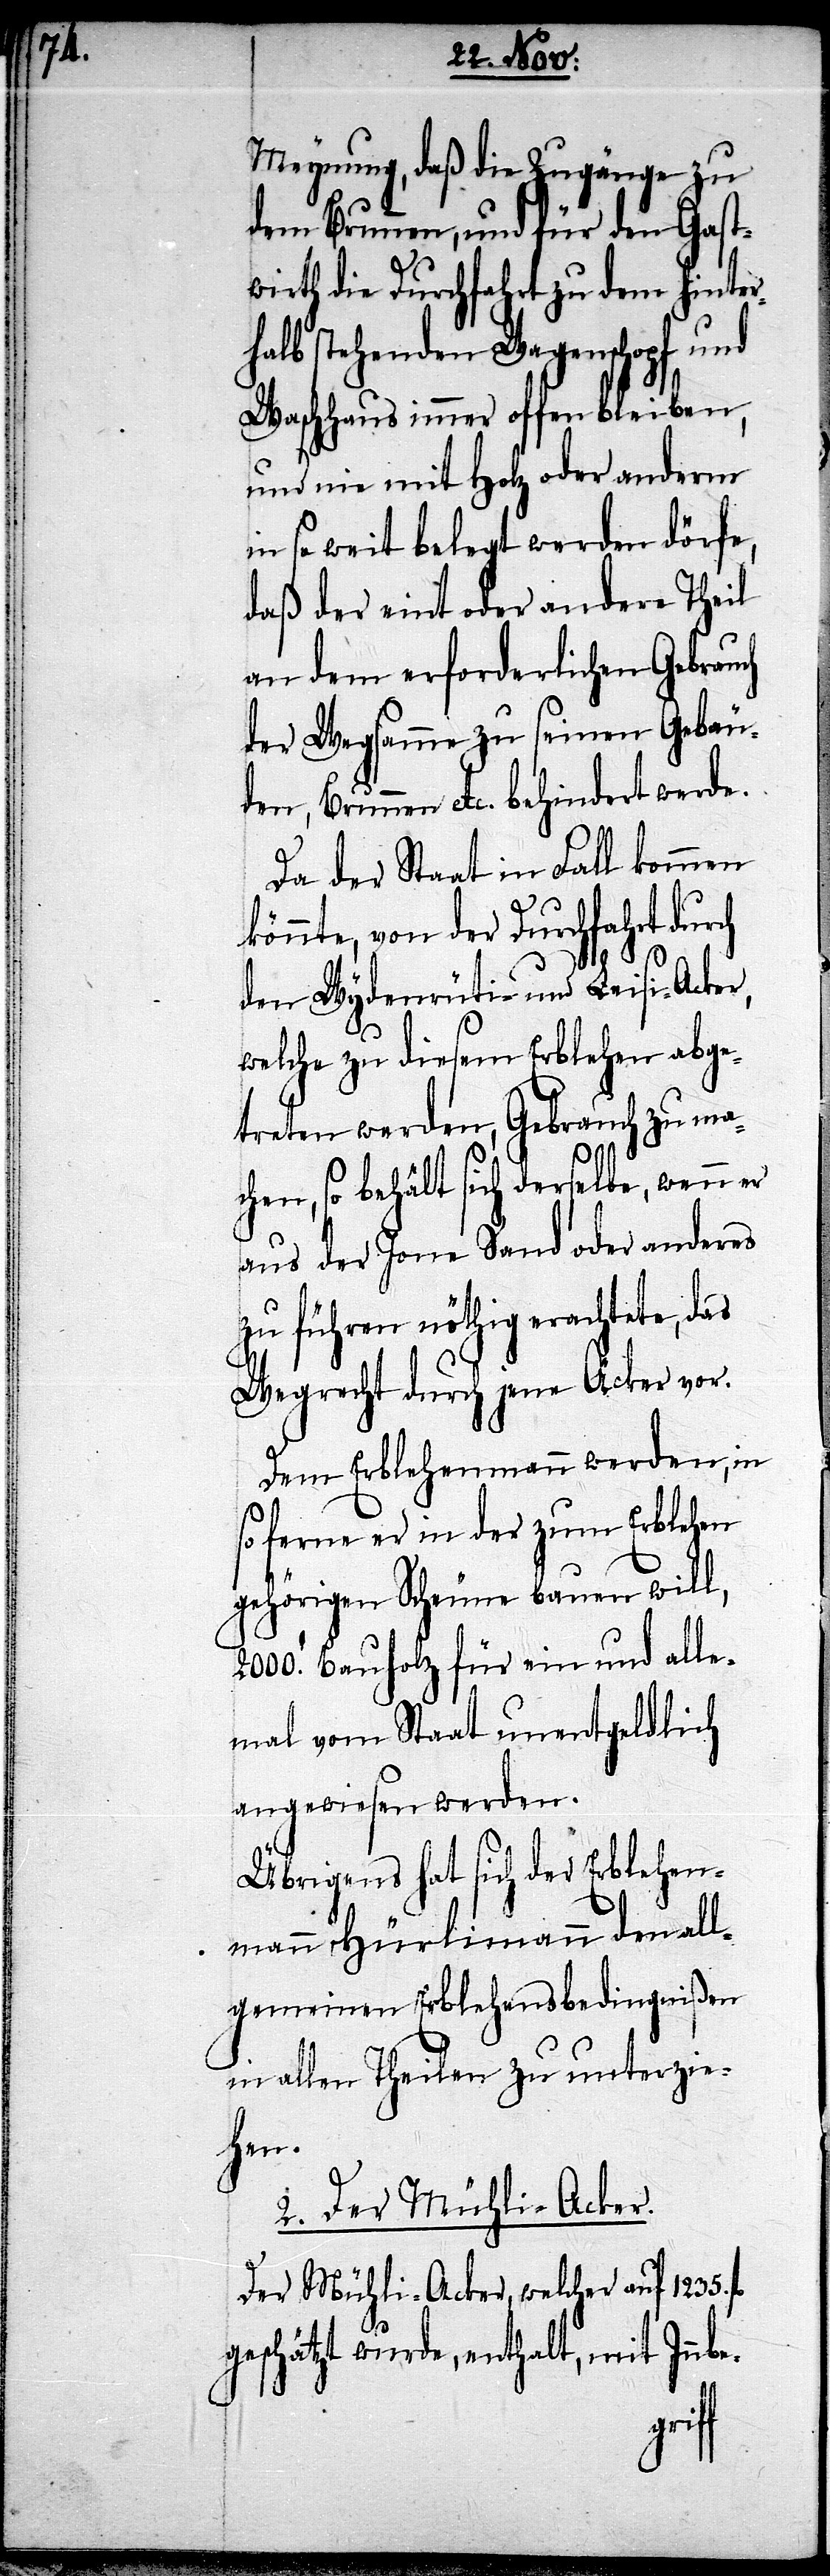
Meynung, daß die Zugänge zu
dem Brunnen, und für den Gast¬
wirth die Fruchtfahrt zu dem hinter¬
halb stehenden Wagenschopf und
Wachhaus immer offen bleiben,
und nie mit Holz oder anderm
in so weit belegt werden dörfe,
daß der eint oder andere Theile
an dem erforderlichen Gebrauch
der Wegsamme zu seinen Gebäu¬
den, Brunnen etc .behindert werde.
Da der Staat im Fall kommen
könnte, von der Durchfahrt durch
den Wydenrüti- und Leisi-Acker,
welche zu diesem Erblehen abge¬
treten werden, Gebrauch zu ma¬
chen, so behält sich derselbe, wenn er
aus der Jone Sand oder anderes
zu führen nöthig erachtete, das
Wegrecht durch jene Acker vor.
Dem Erblehenmann werden, in
so ferne er in der zum Erblehen
gehörigen Scheune bauen will,
2000. Bauholz für ein und all¬
mal vom Staat unentgeldlich
angewiesen werden.
Übrigens hat sich der Erblehen¬
mann Hürlimann den all¬
gemeinen Erblehenbedingnißen
in allen Theilen zu unterzie¬
hen.
2. Der Mühli-Acker.
Der Mühli-Acker, welcher auf 1235
geschätzt wurde, enthalt, mit Inbe-